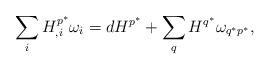
LaTeX: \begin{align*}\sum_i H^{p^{\ast}}_{,i}\omega_i=dH^{p^{\ast}}+\sum_{q}H^{q^{\ast}}\omega_{q^{\ast}p^{\ast}},\end{align*}